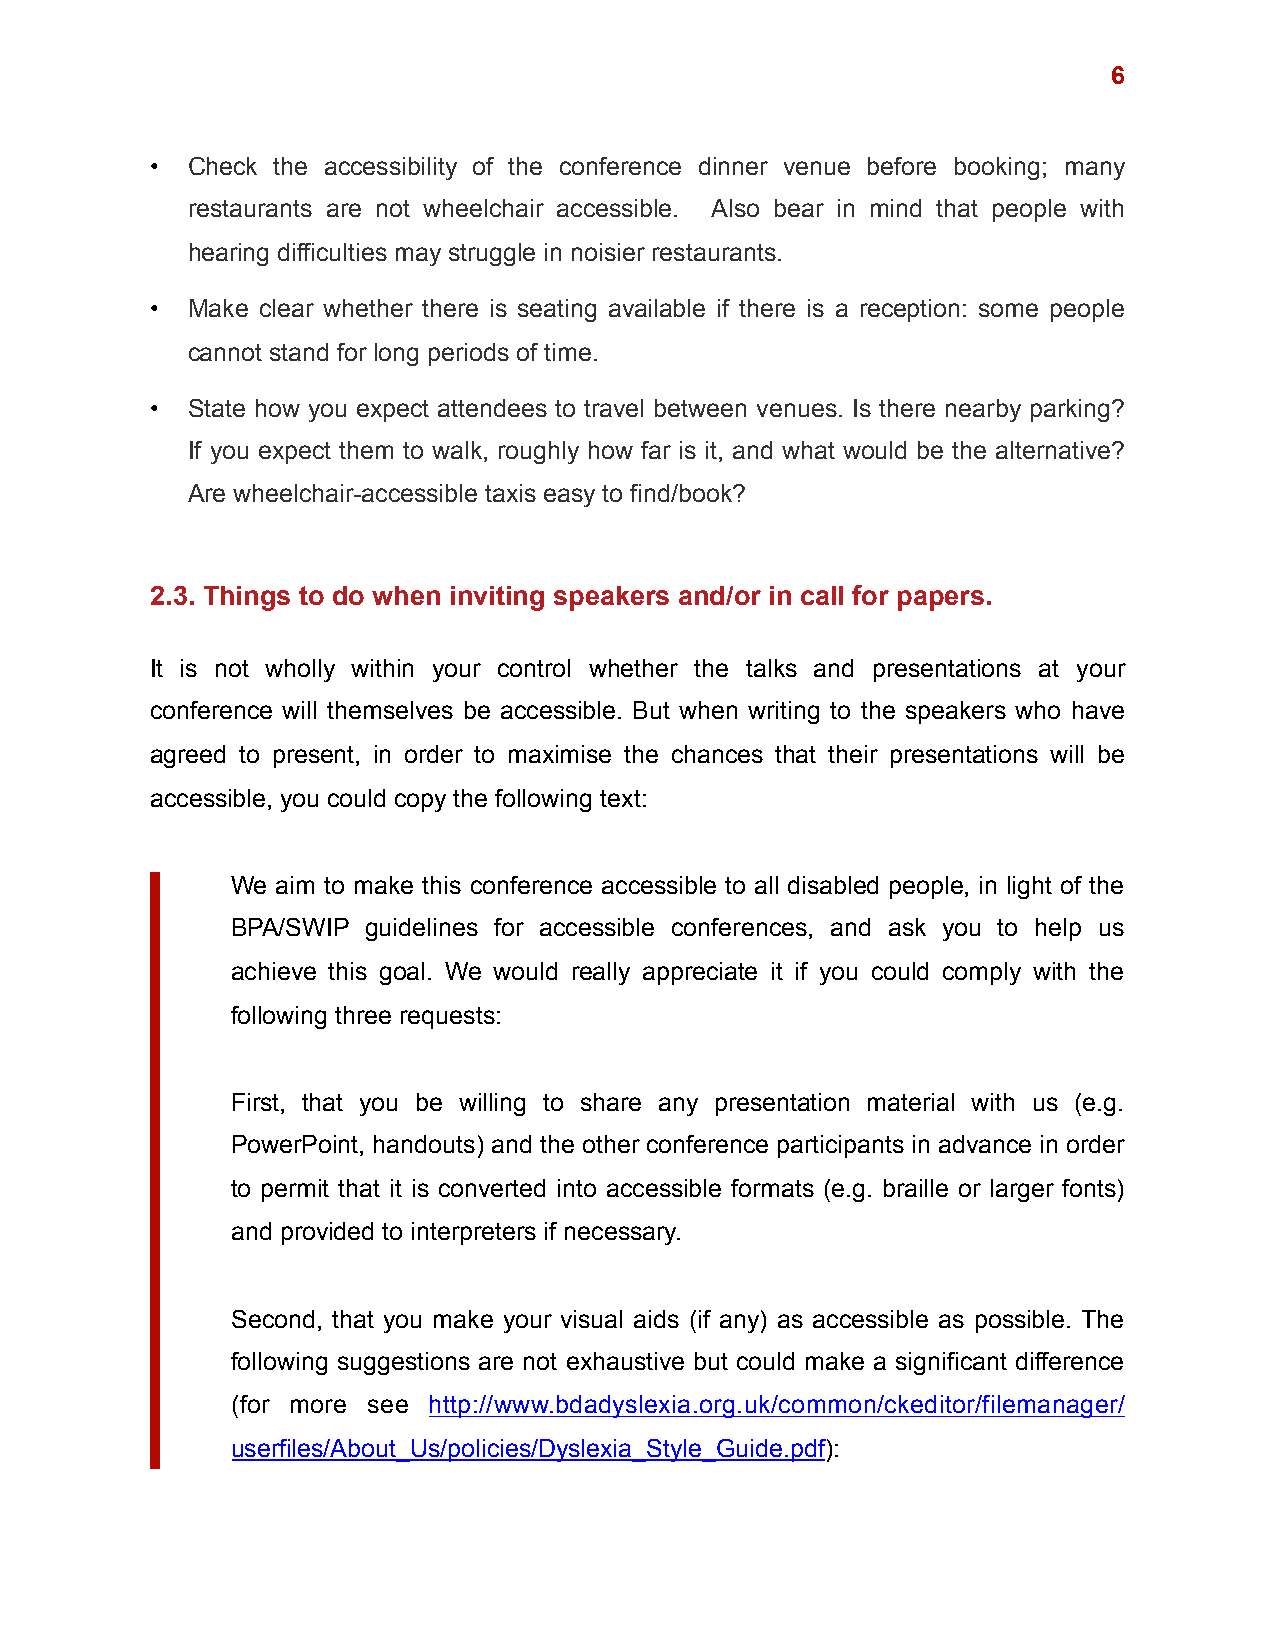
!6
 • Check the accessibility of the conference dinner venue before booking; many
 restaurants are not wheelchair accessible. Also bear in mind that people with
 hearing difficulties may struggle in noisier restaurants.
 • Make clear whether there is seating available if there is a reception: some people
 cannot stand for long periods of time.
 • State how you expect attendees to travel between venues. Is there nearby parking?
 If you expect them to walk, roughly how far is it, and what would be the alternative?
 Are wheelchair-accessible taxis easy to find/book?
 2.3. Things to do when inviting speakers and/or in call for papers.
 It is not wholly within your control whether the talks and presentations at your
 conference will themselves be accessible. But when writing to the speakers who have
 agreed to present, in order to maximise the chances that their presentations will be
 accessible, you could copy the following text:
 We aim to make this conference accessible to all disabled people, in light of the
 BPA/SWIP guidelines for accessible conferences, and ask you to help us
 achieve this goal. We would really appreciate it if you could comply with the
 following three requests:
 First, that you be willing to share any presentation material with us (e.g.
 PowerPoint, handouts) and the other conference participants in advance in order
 to permit that it is converted into accessible formats (e.g. braille or larger fonts)
 and provided to interpreters if necessary.
 Second, that you make your visual aids (if any) as accessible as possible. The
 following suggestions are not exhaustive but could make a significant difference
 (for more see http://www.bdadyslexia.org.uk/common/ckeditor/filemanager/
 userfiles/About_Us/policies/Dyslexia_Style_Guide.pdf):